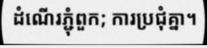
ដំណើរភ្ជុំពួក; ការប្រជុំគ្នា។